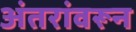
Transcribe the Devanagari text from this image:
अंतरांवरून